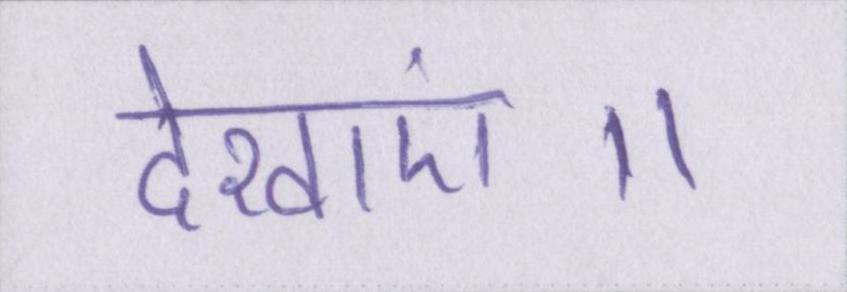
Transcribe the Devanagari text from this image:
देखाएं॥